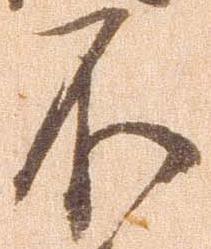
不